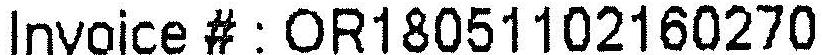
INVOICE # : OR18051102160270